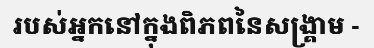
របស់អ្នកនៅក្នុងពិភពនៃសង្គ្រាម -